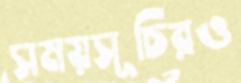
সময়সূচিরও